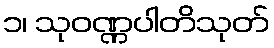
၁၊ သုဝဏ္ဏပါတိသုတ်